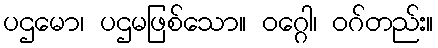
ပဌမော၊ ပဌမဖြစ်သော။ ဝဂ္ဂေါ၊ ဝဂ်တည်း။